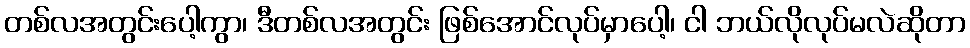
တစ်လအတွင်းပေါ့ကွာ၊ ဒီတစ်လအတွင်း ဖြစ်အောင်လုပ်မှာပေါ့၊ ငါ ဘယ်လိုလုပ်မလဲဆိုတာ